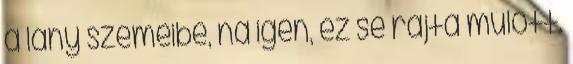
a lány szemeibe, na igen, ez se rajta múlott.